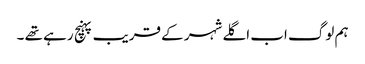
ہم لوگ اب اگلے شہر کے قریب پہنچ رہے تھے ۔